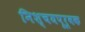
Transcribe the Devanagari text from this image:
निश्‍चयपूर्वक